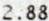
2.88